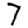
Digit: 7